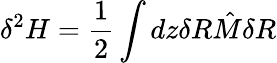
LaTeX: \delta^{2}H=\frac{1}{2}\int dz\delta R{\hat{M}}\delta R